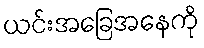
ယင်းအခြေအနေကို